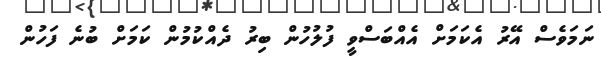
ނަމަވެސް އޭރު އެކަމަށް އެއްބަސްވީ ފުލުހުން ބިރު ދެއްކުމުން ކަމަށް ބުނެ ފަހުން